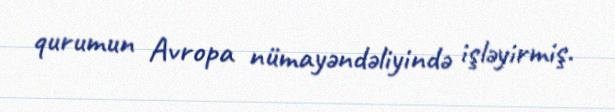
qurumun Avropa nümayəndəliyində işləyirmiş.